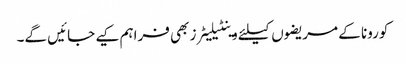
کورونا کے مریضوں کیلئے وینٹیلیٹرز بھی فراہم کیے جائیں گے۔